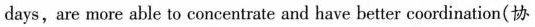
days,are more able to concentrate and have better coordination(协